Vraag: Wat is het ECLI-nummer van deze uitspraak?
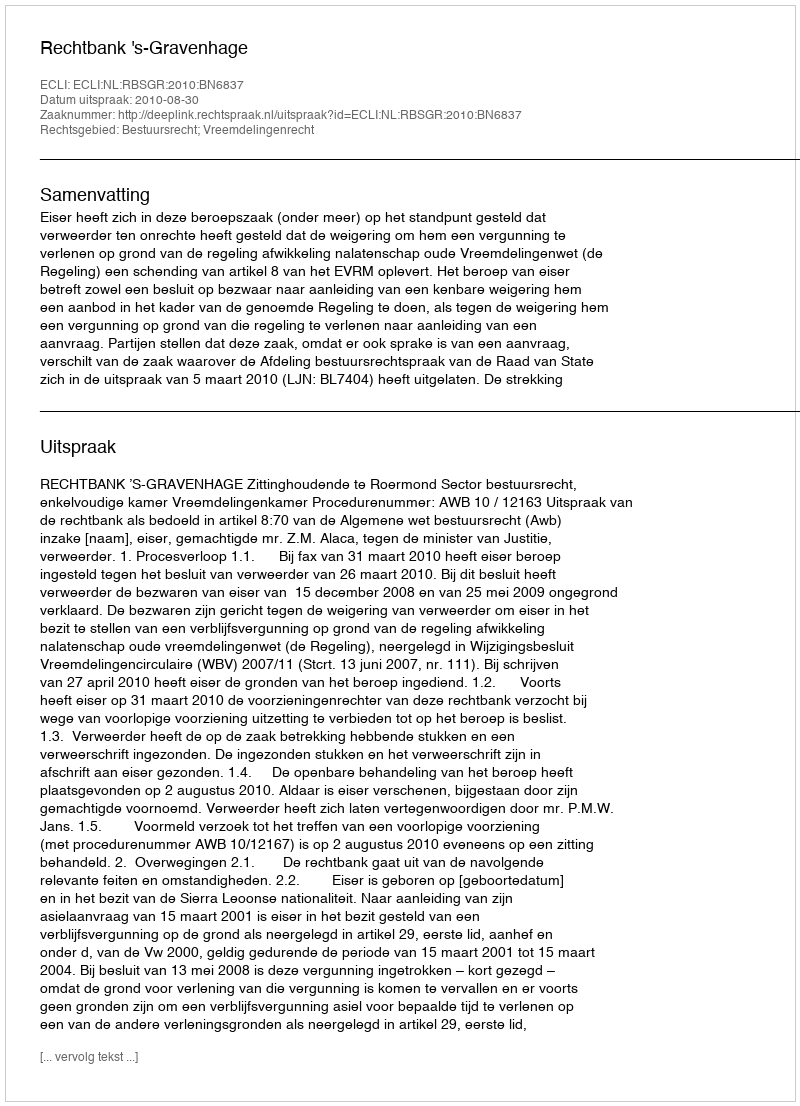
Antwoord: ECLI:NL:RBSGR:2010:BN6837